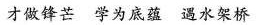
才做锋芒 学为底蕴 遇水架桥